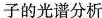
子的光谱分析